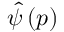
\hat { \psi } \left( p \right)